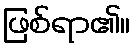
ဖြစ်ရာ၏။